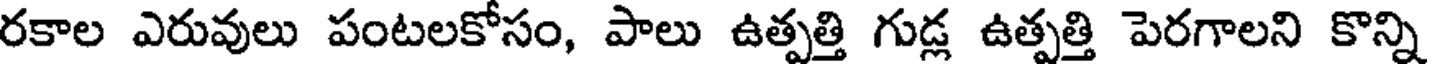
రకాల ఎరువులు పంటలకోసం, పాలు ఉత్పత్తి గుడ్ల ఉత్పత్తి పెరగాలని కొన్ని